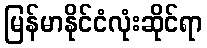
မြန်မာနိုင်ငံလုံးဆိုင်ရာ